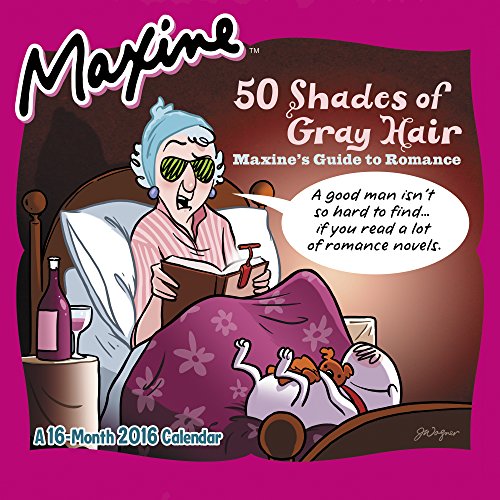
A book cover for MAXINE Wall Calendar (2016); Mead; Calendars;